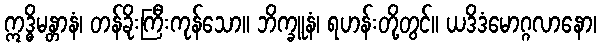
ဣဒ္ဓိမန္တာနံ၊ တန်ခိုးကြီးကုန်သော။ ဘိက္ခူနံ၊ ရဟန်းတို့တွင်။ ယဒိဒံမောဂ္ဂလာနော၊